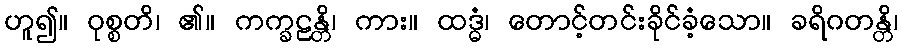
ဟူ၍။ ဝုစ္စတိ၊ ၏။ ကက္ခဠန္တိ၊ ကား။ ထဒ္ဓံ၊ တောင့်တင်းခိုင်ခံ့သော။ ခရိဂတန္တိ၊